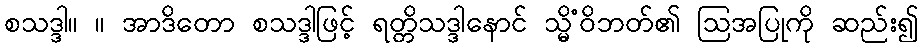
စသဒ္ဒါ။ ။ အာဒိတော စသဒ္ဒါဖြင့် ရတ္တိသဒ္ဒါနောင် သ္မိံဝိဘတ်၏ ဩအပြုကို ဆည်း၍